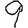
Digit: 9